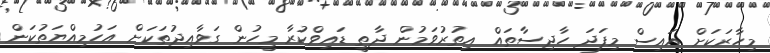
މިހާރަކަށް އައިސް މިފަދަ ހާދިސާތައް އިތުރުވަމުން ދާތީ ޑައިވްކުރާ މީހުން ގަވާއިދުތަކަށް އަހުމިއްޔަތުކަން